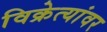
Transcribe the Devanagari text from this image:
विक्रेत्यांवर